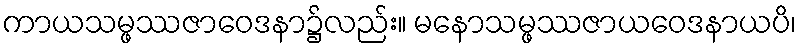
ကာယသမ္ဖဿဇာဝေဒနာ၌လည်း။ မနောသမ္ဖဿဇာယဝေဒနာယပိ၊